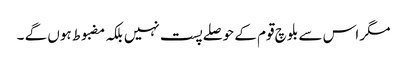
مگر اس سے بلوچ قوم کے حوصلے پست نہیں بلکہ مضبوط ہوں گے ۔